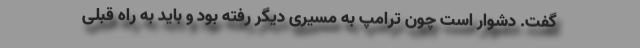
گفت. دشوار است چون ترامپ به مسیری دیگر رفته بود و باید به راه قبلی